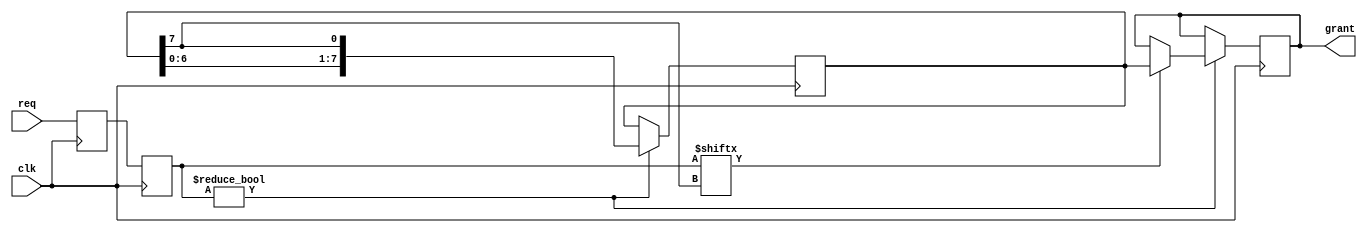
module random_arbiter (
    input wire clk,
    input wire [7:0] req,
    output reg [7:0] grant
);

reg [7:0] req_reg;
reg [7:0] req_perm;
reg [7:0] grant_reg;

always @(posedge clk) begin
    req_reg <= req;
    req_perm <= req_reg;
end

always @(posedge clk) begin
    if (req_perm != 8'b00000000) begin
        repeat (8) begin
            grant_reg <= {grant_reg[6:0], grant_reg[7]};
            if (req_perm[grant_reg[7]] == 1'b1) begin
                grant <= grant_reg;
            end
        end
    end
end

endmodule